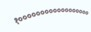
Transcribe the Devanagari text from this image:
१००००००००००००००००००